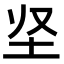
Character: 𡉢